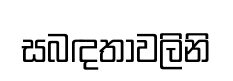
සබඳතාවලිනි